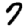
Digit: 7